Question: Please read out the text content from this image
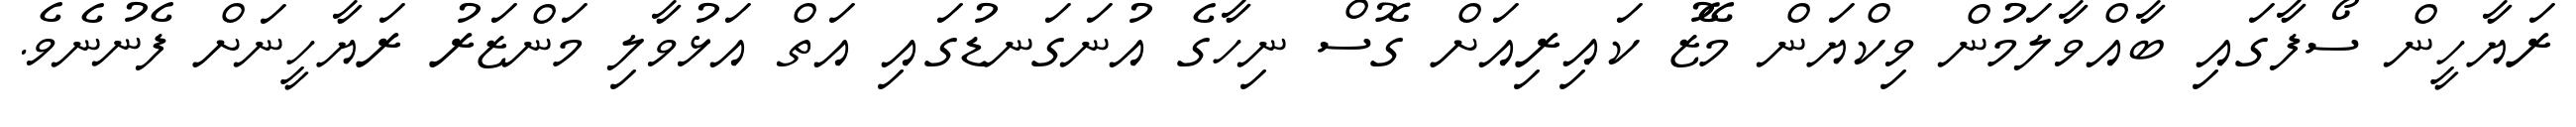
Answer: ރަޔާހީން ސޯފާގައި ބާއްވާލަމުން ވިކްޔަން މޭޒު ކައިރިއަށް ގޮސް ނިހާގެ އުނަގަނޑުގައި އަތް އަޅުވާލި މަންޒަރު ރަޔާހީނަށް ފެނުނެވެ.